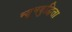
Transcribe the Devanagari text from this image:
न्यूनबुद्धिता